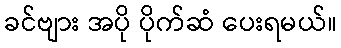
ခင်ဗျား အပို ပိုက်ဆံ ပေးရမယ်။